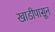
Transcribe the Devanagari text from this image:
खाडीपासून